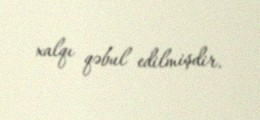
xalqı qəbul edilmişdir.